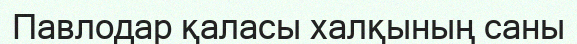
Павлодар қаласы халқының саны